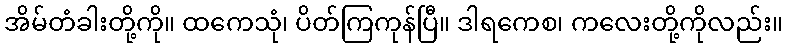
အိမ်တံခါးတို့ကို။ ထကေသုံ၊ ပိတ်ကြကုန်ပြီ။ ဒါရကေစ၊ ကလေးတို့ကိုလည်း။